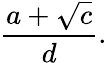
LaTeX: {\frac{a+{\sqrt{c}}}{d}}.